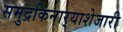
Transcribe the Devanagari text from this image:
समुद्रकिनार्‍याशेजारी